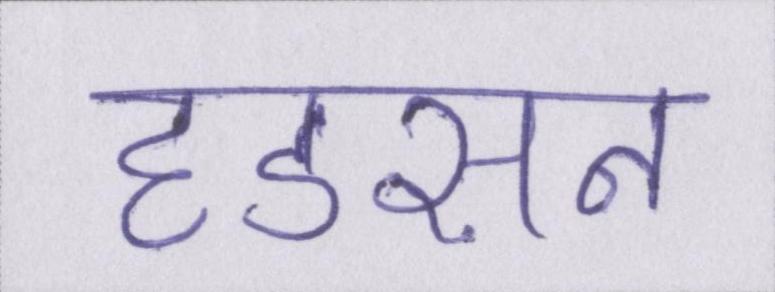
हडसन